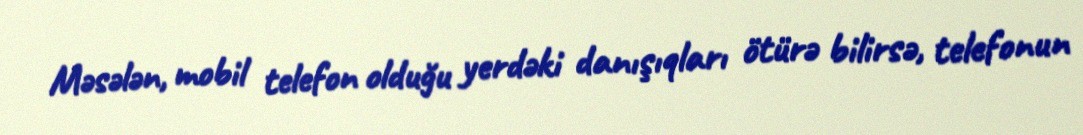
Məsələn, mobil telefon olduğu yerdəki danışıqları ötürə bilirsə, telefonun